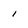
Character: 1